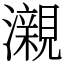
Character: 瀙